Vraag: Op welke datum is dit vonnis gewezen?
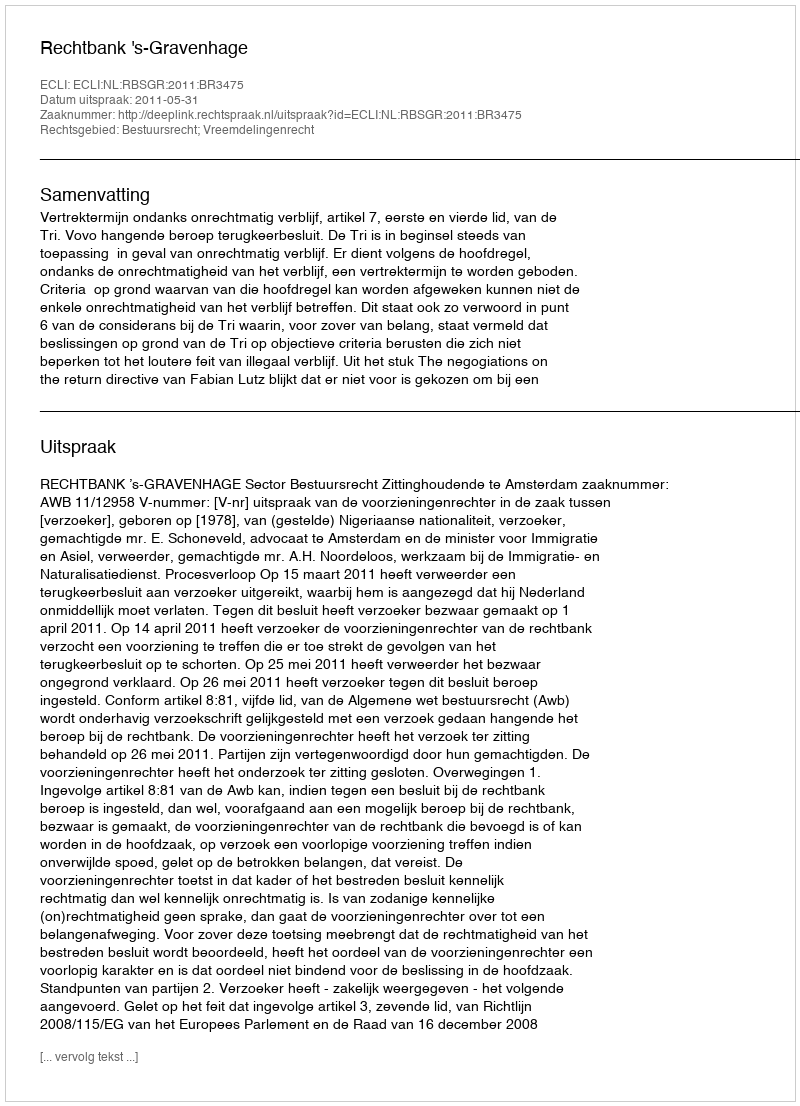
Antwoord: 2011-05-31